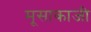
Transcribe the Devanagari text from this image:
मूसाकाजी